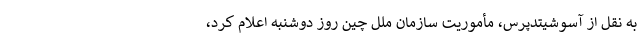
به نقل از آسوشیتدپرس، مأموریت سازمان ملل چین روز دوشنبه اعلام کرد،